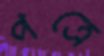
পত্রে